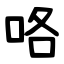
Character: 咯